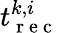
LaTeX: t_{\mathrm{~r~e~c~}}^{k,i}